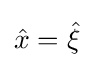
{\begin{aligned}{\hat {x}}={\hat {\xi }}\end{aligned}}